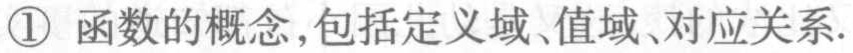
\textcircled{1} 函数的概念,包括定义域、值域、对应关系.